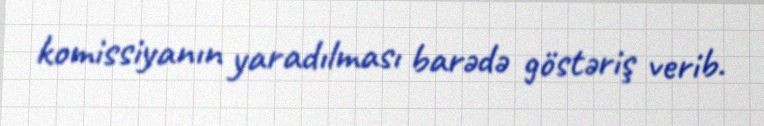
komissiyanın yaradılması barədə göstəriş verib.